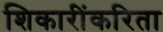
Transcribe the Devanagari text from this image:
शिकारींकरिता